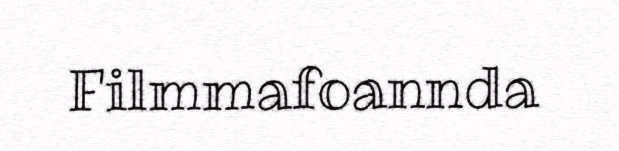
Filmmafoannda